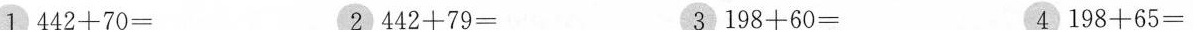
1 $$ 442+70 =$$ 2 $$ 442 +79 = $$ 3 $$ 198 + 60 = $$ 4 $$ 198 + 65 = $$